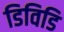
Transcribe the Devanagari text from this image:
डिविडि